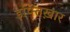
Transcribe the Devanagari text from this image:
इफ्तिख़ार